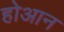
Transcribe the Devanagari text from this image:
होआन